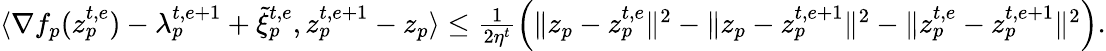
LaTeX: \begin{array}{r}{\langle\nabla f_{p}(z_{p}^{t,e})-\lambda_{p}^{t,e+1}+\tilde{\xi}_{p}^{t,e},z_{p}^{t,e+1}-z_{p}\rangle\leq\frac{1}{2\eta^{t}}\Big(\| z_{p}-z_{p}^{t,e}\| ^{2}-\| z_{p}-z_{p}^{t,e+1}\| ^{2}-\| z_{p}^{t,e}-z_{p}^{t,e+1}\| ^{2}\Big).}\end{array}